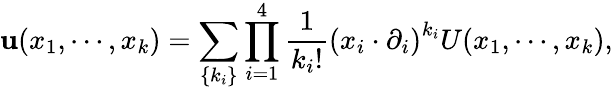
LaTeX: \mathbf{u}(x_{1},\cdots,x_{k})=\sum_{\{ k_{i}\} }\prod_{i=1}^{4}\frac{{1}}{{k_{i}!}}\left(x_{i}\cdot\partial_{i}\right)^{k_{i}}U(x_{1},\cdots,x_{k}),